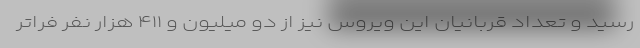
رسید و تعداد قربانیان این ویروس نیز از دو میلیون و ۴۱۱ هزار نفر فراتر